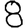
Digit: 8